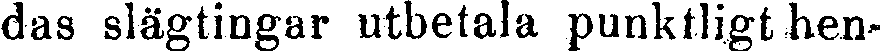
das slägtingar utbetala punktligt hen-